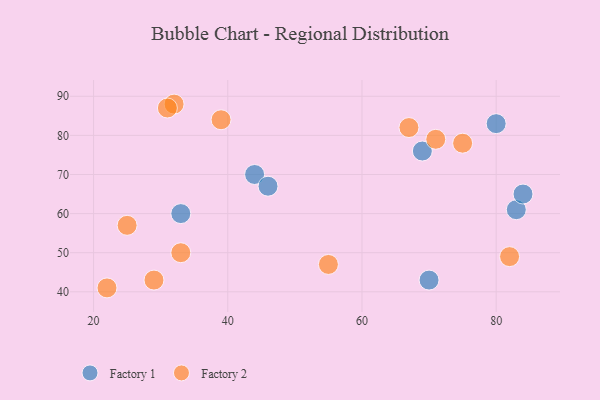
{"axis": {"x": "GDP", "y": "Life Expectancy"}, "legend": ["Factory 1", "Factory 2"], "data": [{"x": "44", "y": 70, "type": "Factory 1"}, {"x": "70", "y": 43, "type": "Factory 1"}, {"x": "83", "y": 61, "type": "Factory 1"}, {"x": "84", "y": 65, "type": "Factory 1"}, {"x": "80", "y": 83, "type": "Factory 1"}, {"x": "46", "y": 67, "type": "Factory 1"}, {"x": "69", "y": 76, "type": "Factory 1"}, {"x": "33", "y": 60, "type": "Factory 1"}, {"x": "55", "y": 47, "type": "Factory 2"}, {"x": "82", "y": 49, "type": "Factory 2"}, {"x": "32", "y": 88, "type": "Factory 2"}, {"x": "71", "y": 79, "type": "Factory 2"}, {"x": "39", "y": 84, "type": "Factory 2"}, {"x": "29", "y": 43, "type": "Factory 2"}, {"x": "31", "y": 87, "type": "Factory 2"}, {"x": "25", "y": 57, "type": "Factory 2"}, {"x": "22", "y": 41, "type": "Factory 2"}, {"x": "67", "y": 82, "type": "Factory 2"}, {"x": "33", "y": 50, "type": "Factory 2"}, {"x": "75", "y": 78, "type": "Factory 2"}]}